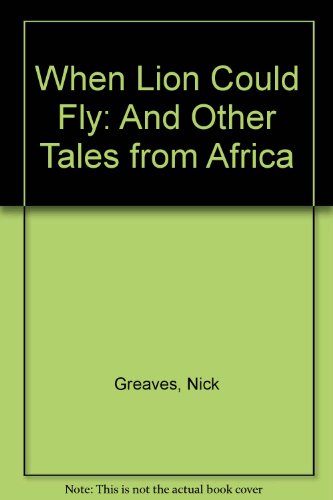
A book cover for When Lion Could Fly: And Other Tales from Africa; Nick Greaves; Children's Books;